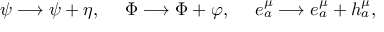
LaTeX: \psi \longrightarrow \psi + \eta , \ \ \ \ \Phi \longrightarrow \Phi + \varphi , \ \ \ \ e _ { a } ^ { \mu } \longrightarrow e _ { a } ^ { \mu } + h _ { a } ^ { \mu } ,